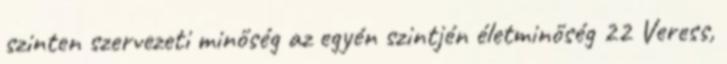
szinten szervezeti minőség az egyén szintjén életminőség 22 Veress,